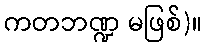
ကတဘဏ္ဍ မဖြစ်)။